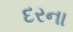
દરના